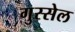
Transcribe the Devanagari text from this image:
गुस्सेल